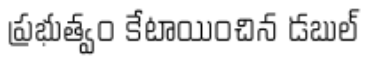
ప్రభుత్వం కేటాయించిన డబుల్